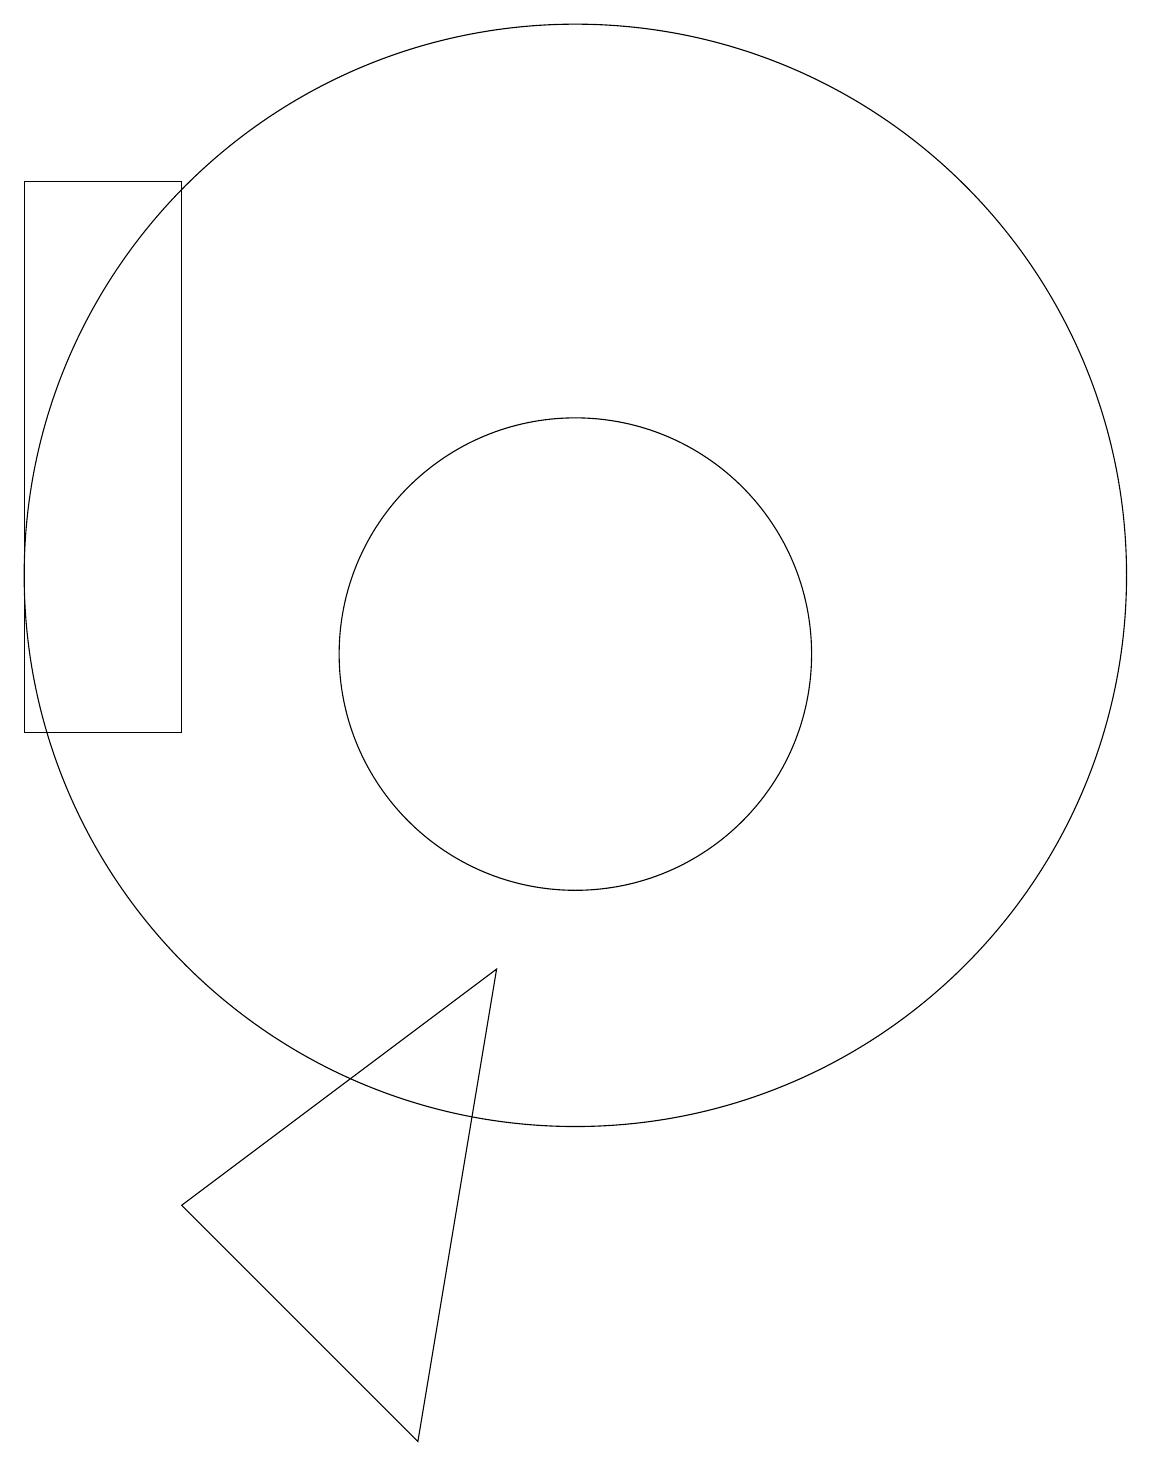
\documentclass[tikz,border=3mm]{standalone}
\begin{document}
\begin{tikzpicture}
\draw (11,10) circle (0);
\draw (10,12) circle (7);
\draw (10,11) circle (3);
\draw (5,17) rectangle (3,10);
\draw (8,1) -- (9,7) -- (5,4) -- cycle;
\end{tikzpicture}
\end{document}